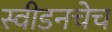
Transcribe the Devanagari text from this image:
स्वीडनचेच